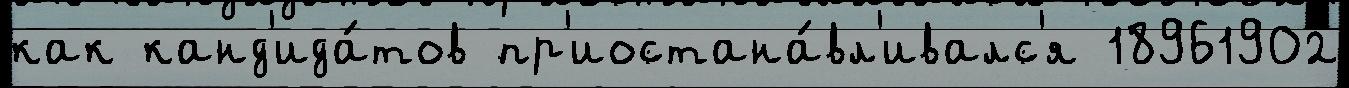
как канд'ида́тов пр'иостана́вл'ивалс'я 18961902